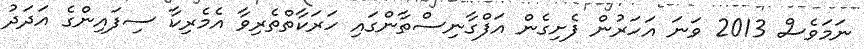
ނަމަވެސް 2013 ވަނަ އަހަރުން ފެށިގެން އަފްގާނިސްތާންގައި ހަރަކާތްތެރިވާ އެމެރިކާ ސިފައިންގެ އަދަދު